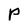
Character: P